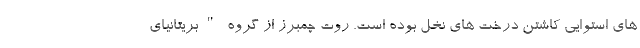
های استوایی کاشتن درخت های نخل بوده است. روت چمبرز از گروه "بریتانیای